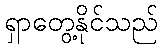
ရှာတွေ့နိုင်သည်